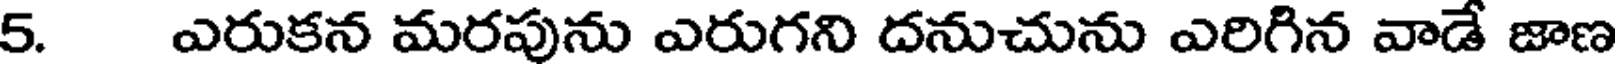
5. ఎరుకన మరపును ఎరుగని దనుచును ఎరిగిన వాడే జాణ